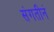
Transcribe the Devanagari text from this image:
संगतीनं